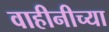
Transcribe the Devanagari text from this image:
वाहीनीच्या